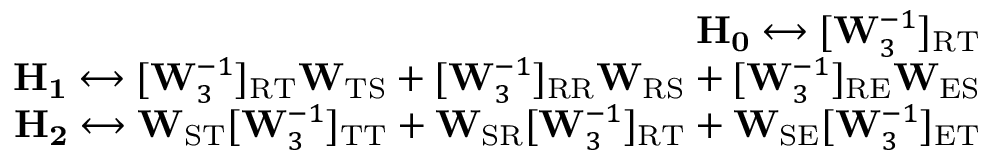
\begin{array} { r } { \mathbf { H _ { 0 } } \longleftrightarrow [ \mathbf { W } _ { 3 } ^ { - 1 } ] _ { \mathrm { R T } } } \\ { \mathbf { H _ { 1 } } \longleftrightarrow [ \mathbf { W } _ { 3 } ^ { - 1 } ] _ { \mathrm { R T } } \mathbf { W } _ { \mathrm { T S } } + [ \mathbf { W } _ { 3 } ^ { - 1 } ] _ { \mathrm { R R } } \mathbf { W } _ { \mathrm { R S } } + [ \mathbf { W } _ { 3 } ^ { - 1 } ] _ { \mathrm { R E } } \mathbf { W } _ { \mathrm { E S } } } \\ { \mathbf { H _ { 2 } } \longleftrightarrow \mathbf { W } _ { \mathrm { S T } } [ \mathbf { W } _ { 3 } ^ { - 1 } ] _ { \mathrm { T T } } + \mathbf { W } _ { \mathrm { S R } } [ \mathbf { W } _ { 3 } ^ { - 1 } ] _ { \mathrm { R T } } + \mathbf { W } _ { \mathrm { S E } } [ \mathbf { W } _ { 3 } ^ { - 1 } ] _ { \mathrm { E T } } } \end{array}